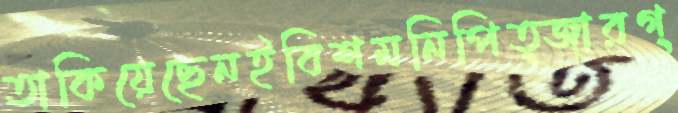
তাকিয়েছেনইবিশমনিপিত্জারগ্